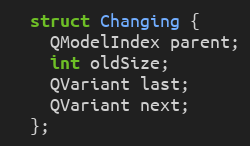
Language: C
  struct Changing {
    QModelIndex parent;
    int oldSize;
    QVariant last;
    QVariant next;
  };